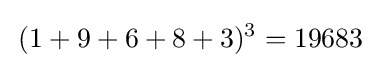
\,(1+9+6+8+3)^{3}=19683